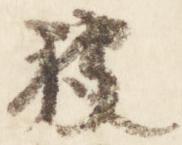
被